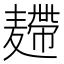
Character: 𪎐